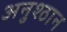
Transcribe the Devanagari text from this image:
अनुश्ठान